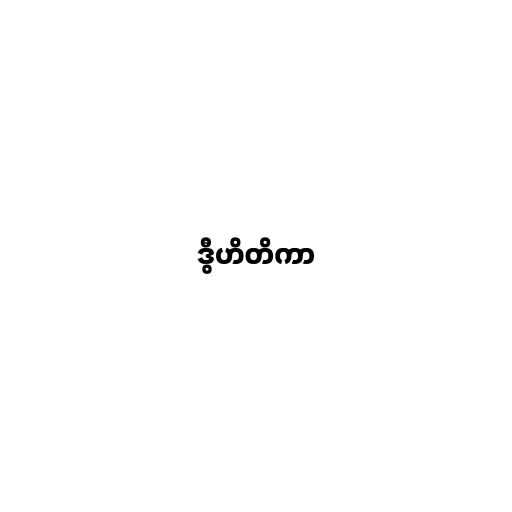
ဒွီဟိတိကာ